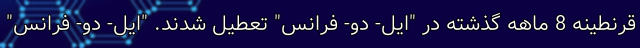
قرنطینه 8 ماهه گذشته در "ایل- دو- فرانس" تعطیل شدند. "ایل- دو- فرانس"